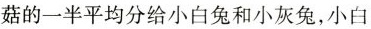
菇的一半平均分给小白兔和小灰兔，小白